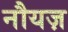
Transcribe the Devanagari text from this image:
नौयज़